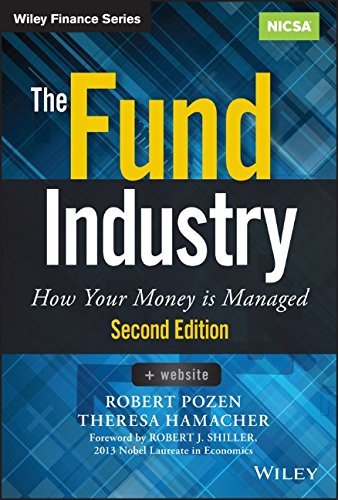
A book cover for The Fund Industry: How Your Money is Managed (Wiley Finance); Robert Pozen; Business & Money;